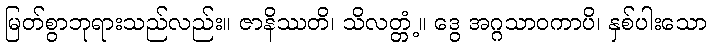
မြတ်စွာဘုရားသည်လည်း။ ဇာနိဿတိ၊ သိလတ္တံ့။ ဒွေ အဂ္ဂသာဝကာပိ၊ နှစ်ပါးသော